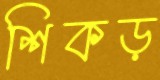
শিকড়